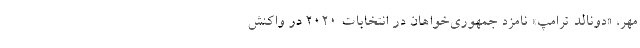
مهر، «دونالد ترامپ» نامزد جمهوری‌خواهان در انتخابات ۲۰۲۰ در واکنش